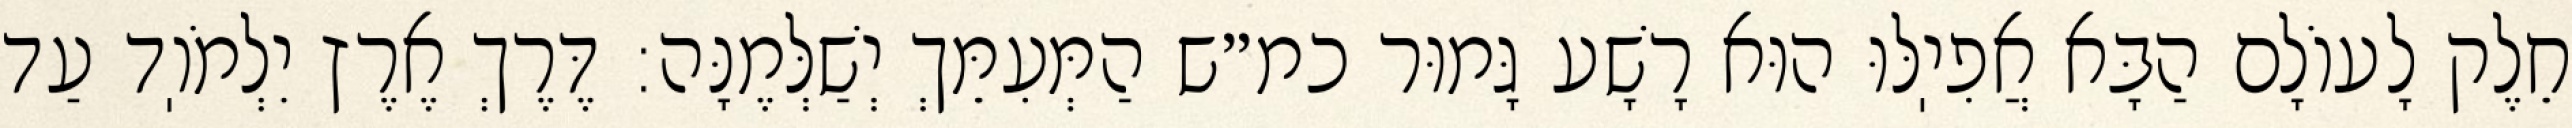
חֵלֶק לָעוֹלָם הַבָּא אֲפִיֽלּוּ הוּא רָשָׁע גָּמוּר כמ״ש הַמְּעִמֵּךְ יְשַׁלְּמֶנָּה: דֶּרֶךְ אֶרֶץ יִלְמֹוֽד עַד